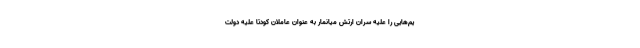
یم‌هایی را علیه سران ارتش میانمار به عنوان عاملان کودتا علیه دولت